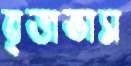
বৃত্তাভাস